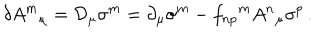
\delta A ^ { m } { } _ { \mu } = { \cal D } _ { \mu } \sigma ^ { m } = \partial _ { \mu } \sigma ^ { m } - f _ { n p } { } ^ { m } A ^ { n } { } _ { \mu } \sigma ^ { p } \, .